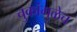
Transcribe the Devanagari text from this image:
चुकांमुळेच